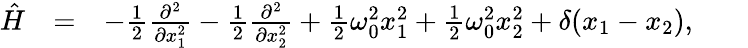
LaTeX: \begin{array}{rlr}{\hat{H}}&{=}&{-\frac{1}{2}\frac{\partial^{2}}{\partial x_{1}^{2}}-\frac{1}{2}\frac{\partial^{2}}{\partial x_{2}^{2}}+\frac{1}{2}\omega_{0}^{2}x_{1}^{2}+\frac{1}{2}\omega_{0}^{2}x_{2}^{2}+\delta(x_{1}-x_{2}),\; \; \; \; \; \; \; }\end{array}